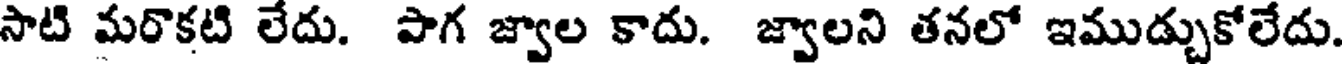
సాటి మరొకటి లేదు. పాగ జ్వాల కాదు. జ్వాలని తనలో ఇముడ్చుకోలేదు.